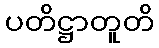
ပတိဋ္ဌာတူတိ